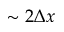
\sim 2 \Delta x